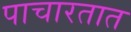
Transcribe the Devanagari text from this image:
पाचारतात